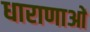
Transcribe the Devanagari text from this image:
धाराणाआें